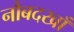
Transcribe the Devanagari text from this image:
नौबदखाँ